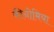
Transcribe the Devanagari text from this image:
कीनोमिया